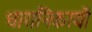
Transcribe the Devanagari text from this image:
धारानिकायों